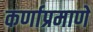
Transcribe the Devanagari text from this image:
कर्णाप्रमाणे